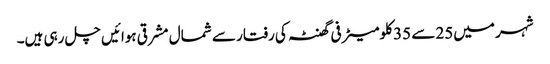
شہر میں25 سے 35 کلومیٹر فی گھنٹہ کی رفتار سے شمال مشرقی ہوائیں چل رہی ہیں۔